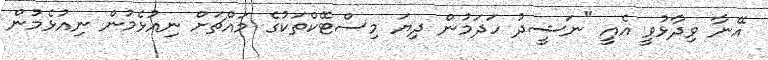
އޭނާ ވިދާޅުވީ އެއީ "ނަޝީދު ހަދަމުން ދިޔަ މިސްޓޭކްތަކުގެ މައްޗަށް ނިއުޅެމުން ނިއުޅެމުން